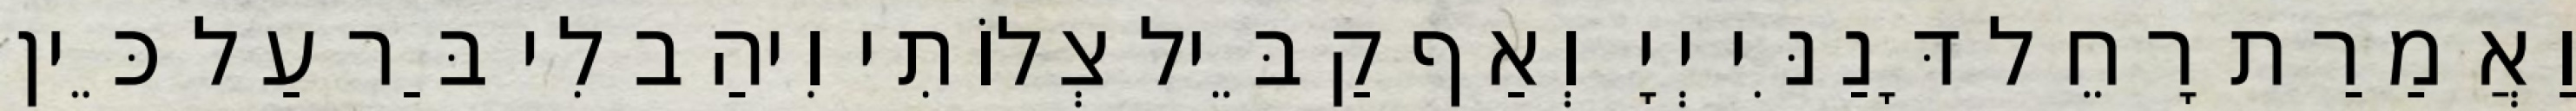
וַאֲמַרַת רָחֵל דָּנַנִּי יְיָ וְאַף קַבֵּיל צְלוֹתִי וִיהַב לִי בַּר עַל כֵּין